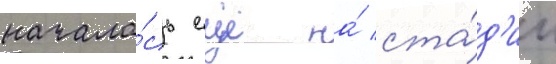
начала́сь еще на́ ста́д'ии